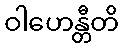
ဝါဟေန္တီတိ